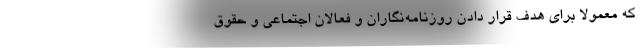
که معمولاً برای هدف قرار دادن روزنامه‌نگاران و فعالان اجتماعی و حقوق